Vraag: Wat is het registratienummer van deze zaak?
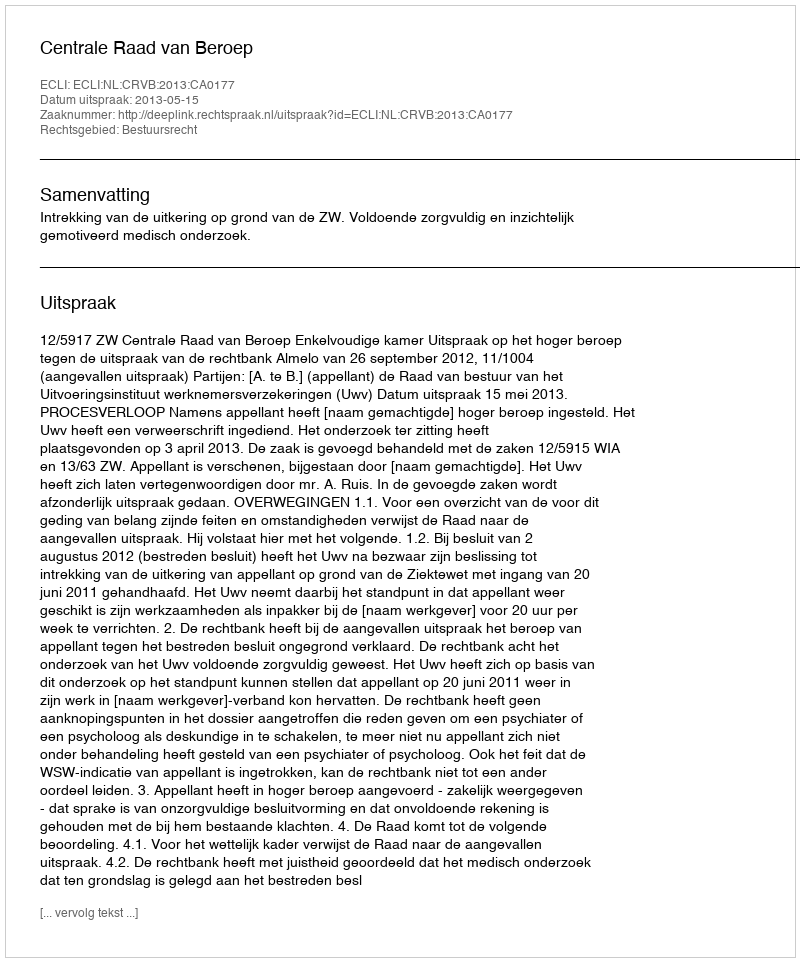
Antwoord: http://deeplink.rechtspraak.nl/uitspraak?id=ECLI:NL:CRVB:2013:CA0177